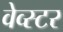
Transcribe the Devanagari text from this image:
वेव्स्टर